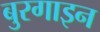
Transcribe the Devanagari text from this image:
बुरगाइन